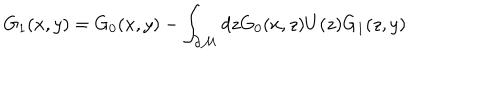
G _ { 1 } ( x , y ) = G _ { 0 } ( x , y ) - \int _ { \partial { \cal M } } d z G _ { 0 } ( x , z ) U ( z ) G _ { 1 } ( z , y )